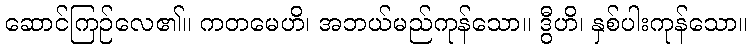
ဆောင်ကြဉ်လေ၏။ ကတမေဟိ၊ အဘယ်မည်ကုန်သော။ ဒွီဟိ၊ နှစ်ပါးကုန်သော။